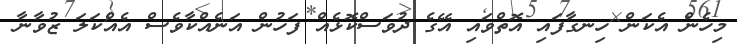
މިހެން އެކަން ހިނގާފައި އޮތްވައި އޭގެ ދުވަސްކޮޅެއް ފަހުން އަނެއްކާވެސް އެއްކަލަ ޒުވާނާ